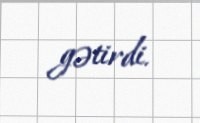
gətirdi.